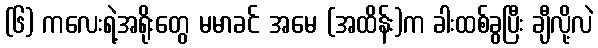
(၆) ကလေးရဲ့အရိုးတွေ မမာခင် အမေ (အထိန်း)က ခါးထစ်ခွပြီး ချီလို့လဲ